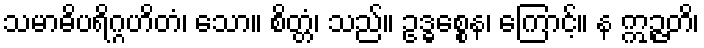
သမာဓိပရိဂ္ဂဟိတံ၊ သော။ စိတ္တံ၊ သည်။ ဥဒ္ဓစ္စေန၊ ကြောင့်။ န ဣဉ္ဇတိ၊